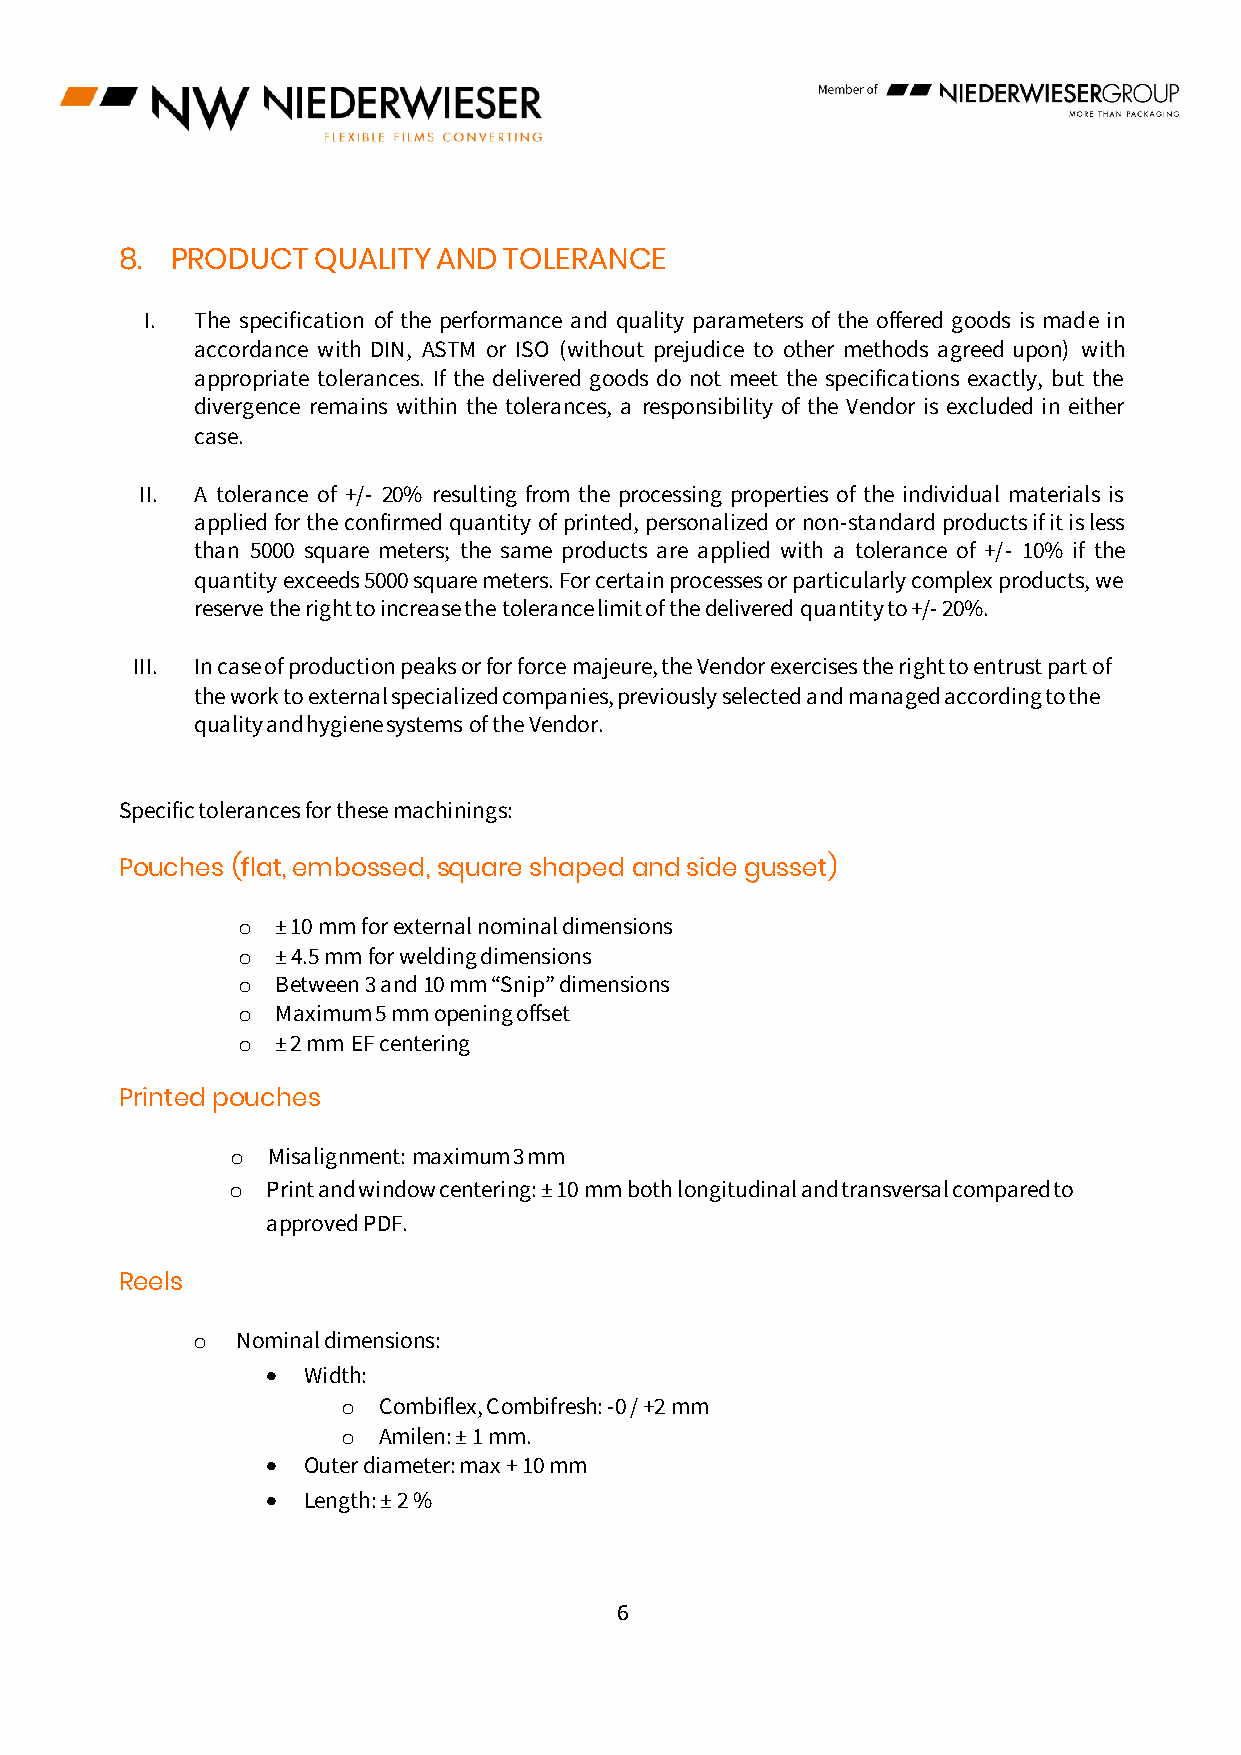
8. PRODUCT   QUALITY AND TOLERANCE
 I. The specification of the performance and quality parameters of the offered goods is made in
 accordance with DIN, ASTM or ISO (without prejudice to other methods agreed upon) with
 appropriate tolerances. If the delivered goods do not meet the specifications exactly, but the
 divergence remains within the tolerances, a responsibility of the Vendor is excluded in either
 case.
 II. A tolerance of +/- 20% resulting from the processing properties of the individual materials is
 applied for the confirmed quantity of printed, personalized or non-standard products if it is less
 than 5000 square meters; the same products are applied with a tolerance of +/- 10% if the
 quantity exceeds 5000 square meters. For certain processes or particularly complex products, we
 reserve the right to increase the tolerance limit of the delivered quantity to +/- 20%.
 III. In case of production peaks or for force majeure, the Vendor exercises the right to entrust part of
 the work to external specialized companies, previously selected and managed according to the
 quality and hygiene systems of the Vendor.
 Specific tolerances for these machinings:
 Pouches (flat, embossed, square shaped and side gusset)
 o ± 10 mm for external nominal dimensions
 o ± 4.5 mm for welding dimensions
 o Between 3 and 10 mm “Snip” dimensions
 o Maximum 5 mm opening offset
 o ± 2 mm EF centering
 Printed pouches
 o  Misalignment: maximum 3 mm
 o  Print and window centering: ± 10 mm both longitudinal and transversal compared to
 approved PDF.
 Reels
 o  Nominal dimensions:
 • Width:
 o Combiflex, Combifresh: -0 / +2 mm
 o Amilen: ± 1 mm.
 • Outer diameter: max + 10 mm
 • Length: ± 2 %
 6